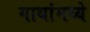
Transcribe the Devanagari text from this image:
गाथांमध्ये